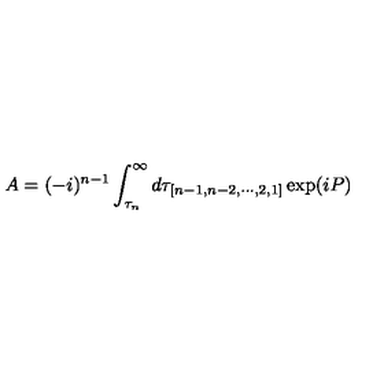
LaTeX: A = ( - i ) ^ { n - 1 } \int _ { \tau _ { n } } ^ { \infty } d \tau _ { [ n - 1 , n - 2 , \cdots , 2 , 1 ] } \exp ( i P ) \,